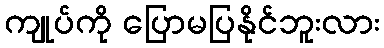
ကျုပ်ကို ပြောမပြနိုင်ဘူးလား